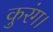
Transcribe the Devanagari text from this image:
कुरंग।